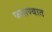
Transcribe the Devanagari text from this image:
फासण्यात